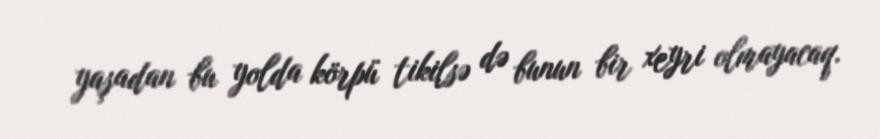
yaşadan bu yolda körpü tikilsə də bunun bir xeyri olmayacaq.